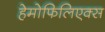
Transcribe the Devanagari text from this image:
हेमोफिलिएक्स